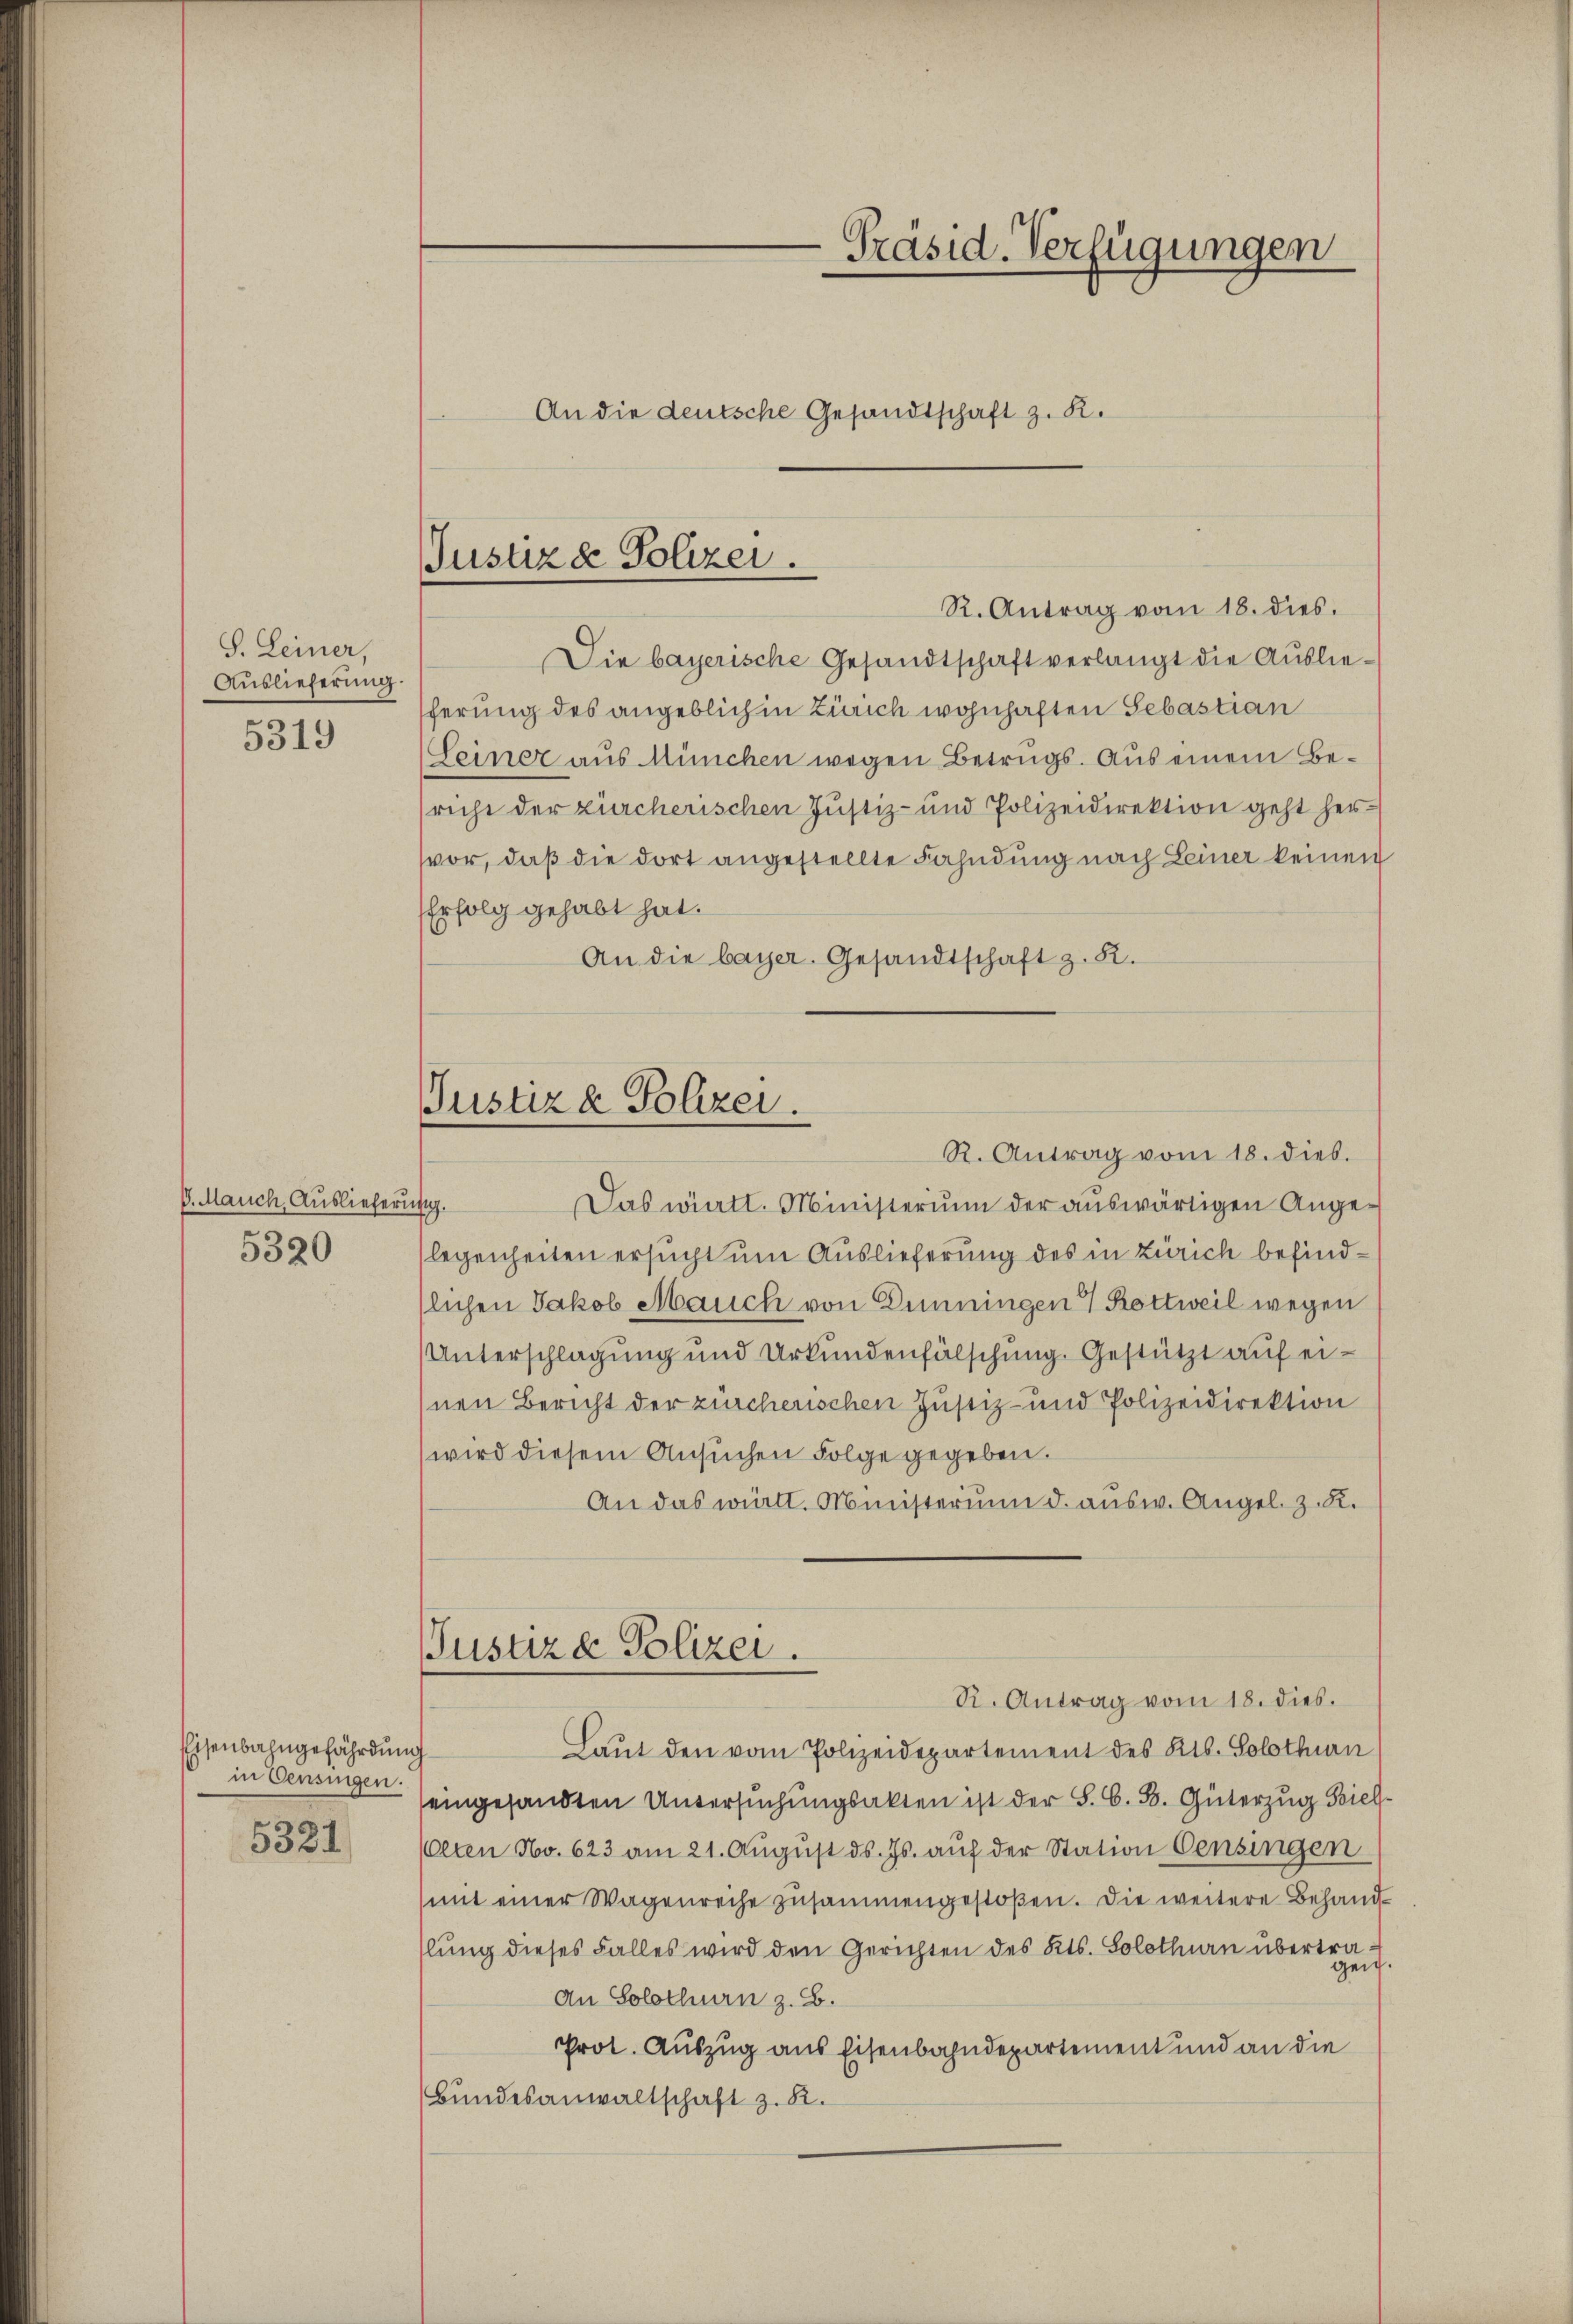
S. Leiner,
Auslieferŭng.
5319

6. Mauch, Auslieferi
5320

Eisenbahngefährdung
in Censingen.
5321

Präsid. Verfügungen
An die deutsche Gesandtschaft z. R.

Justiz & Polizei.
R. Antrag vom 18. dies.

Die bayerische Gesandtschaft verlangt die Auslieferung des angeblich in Zürich wohnhaften Sebastian
Seiner aus München wegen Betrugs. Aus einem Besricht der zürcherischen Justiz- und Polizeidirektion geht hervor, daß die dort angestellte Fahndung nach Leiner keinen
Erfolg gehabt hat.
An die bayer. Gesandtschaft z. B.
sg.
Das württ. Ministerium der auswärtigen Angelegenheiten ersucht um Auslieferung des in Zürich befindslichen Jakob Mauch von Dünningen  Rottweil wegen
Unterschlagung und Urkundenfälschung. Gestützt auf einen Bericht der zürcherischen Justiz- und Polizeidirektion
wird diesem Ansŭchen Folge gegeben.
An das württ. Ministerium d. ausw. Angel. z. R.
Justiz & Polizei.
R. Antrag vom 18. dies.
Laut den vom Polizeidepartement des Kts. Solothurn
seingesandten Untersuchungsakten ist der S. G. B. Güterzug Biel
(Olten No. 623 am 21. August ds. Js. auf der Station Censingen
mit einer Wagenreihe zusammengestoßen. Die weitere Behandlŭng dieses Falles wird den Gerichten des Kts. Solothurn übertragen.
An Solothurn z. B.
Prot. Auszug aus Eisenbahndepartement und an die
Bundesanwaltschaft z. B.

Justiz & Polizei.
R. Antrag vom 18. dies.